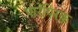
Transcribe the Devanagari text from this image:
पारंपिरक